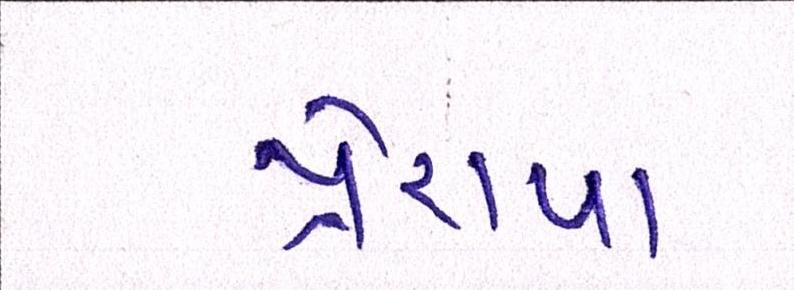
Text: પ્રેરાયા